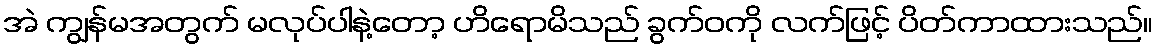
အဲ ကျွန်မအတွက် မလုပ်ပါနဲ့တော့ ဟိရောမိသည် ခွက်ဝကို လက်ဖြင့် ပိတ်ကာထားသည်။